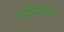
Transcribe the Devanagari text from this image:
व्यभिचारिक